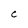
Character: C